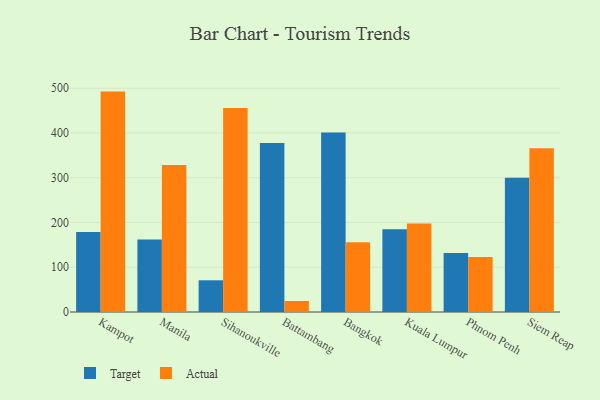
{"axis": {"x": "City", "y": "Latency (ms)"}, "legend": ["Actual", "Target"], "data": [{"x": "Kampot", "y": 178.9, "type": "Target"}, {"x": "Kampot", "y": 492.3, "type": "Actual"}, {"x": "Manila", "y": 162.2, "type": "Target"}, {"x": "Manila", "y": 328.5, "type": "Actual"}, {"x": "Sihanoukville", "y": 70.8, "type": "Target"}, {"x": "Sihanoukville", "y": 455.7, "type": "Actual"}, {"x": "Battambang", "y": 377.6, "type": "Target"}, {"x": "Battambang", "y": 24.6, "type": "Actual"}, {"x": "Bangkok", "y": 400.9, "type": "Target"}, {"x": "Bangkok", "y": 155.8, "type": "Actual"}, {"x": "Kuala Lumpur", "y": 185.0, "type": "Target"}, {"x": "Kuala Lumpur", "y": 197.6, "type": "Actual"}, {"x": "Phnom Penh", "y": 131.7, "type": "Target"}, {"x": "Phnom Penh", "y": 123.0, "type": "Actual"}, {"x": "Siem Reap", "y": 299.6, "type": "Target"}, {"x": "Siem Reap", "y": 365.8, "type": "Actual"}]}